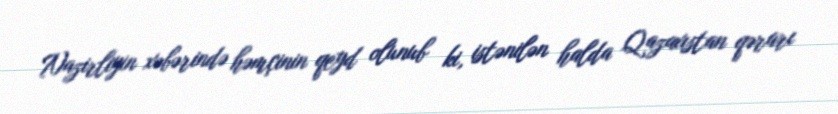
Nazirliyin xəbərində həmçinin qeyd olunub ki, istənilən halda Qazaxıstan qərarı